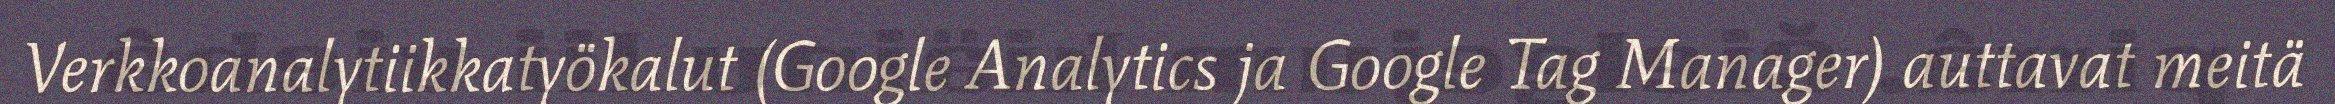
Verkkoanalytiikkatyökalut (Google Analytics ja Google Tag Manager) auttavat meitä